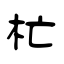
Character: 杧